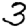
Digit: 3